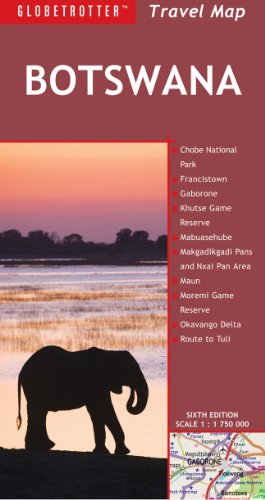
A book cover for Botswana Travel Map, 6th (Globetrotter Travel Map); Globetrotter; Travel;